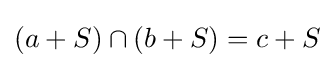
(a+S)\cap (b+S)=c+S